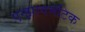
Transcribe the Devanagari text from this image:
एन्झायमॅटिक